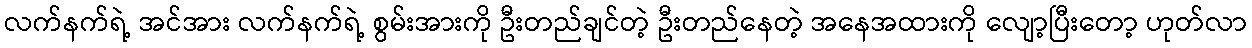
လက်နက်ရဲ့ အင်အား လက်နက်ရဲ့ စွမ်းအားကို ဦးတည်ချင်တဲ့ ဦးတည်နေတဲ့ အနေအထားကို လျော့ပြီးတော့ ဟုတ်လာ